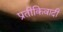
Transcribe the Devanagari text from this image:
प्रतीकिवादी